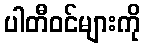
ပါတီဝင်များကို